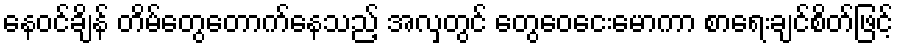
နေဝင်ချိန် တိမ်တွေတောက်နေသည့် အလှတွင် တွေဝေငေးမောကာ စာရေးချင်စိတ်ဖြင့်